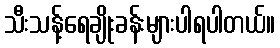
သီးသန့်ရေချိုးခန်းများပါရပါတယ်။